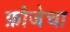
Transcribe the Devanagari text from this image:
फ़ौजेचा